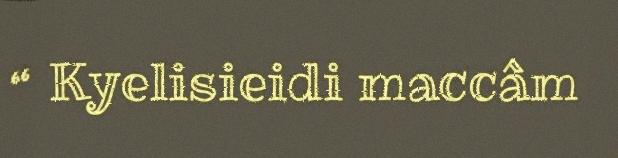
“ Kyelisieidi maccâm